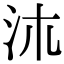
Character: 㳈